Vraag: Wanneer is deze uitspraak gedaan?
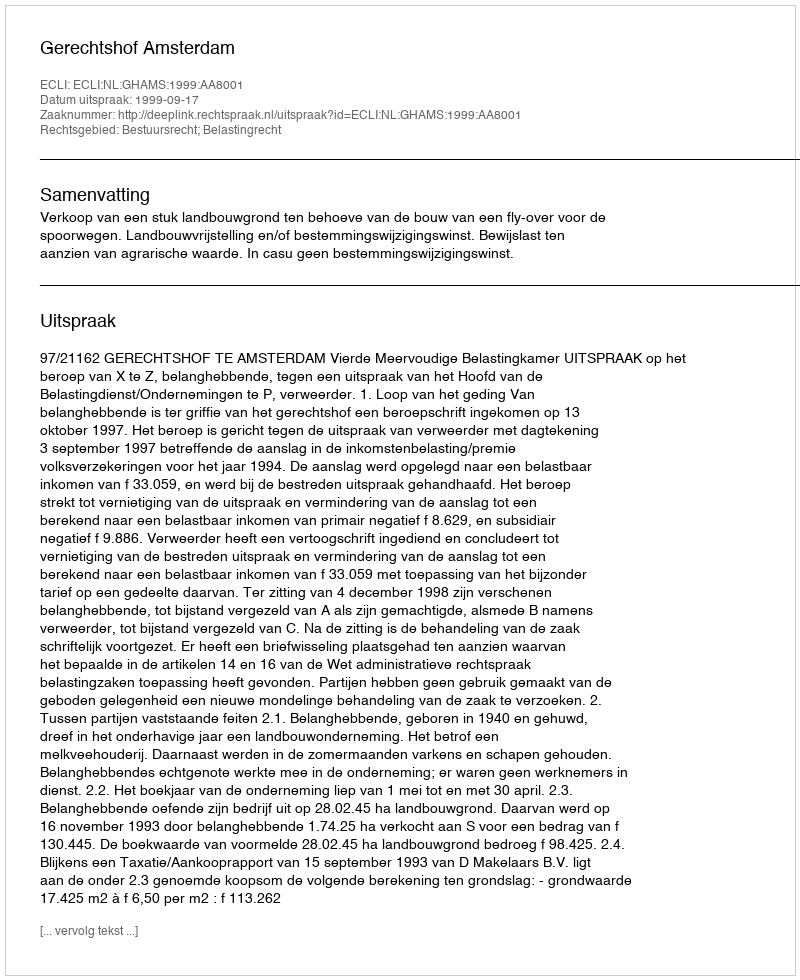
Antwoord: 1999-09-17